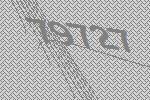
79727